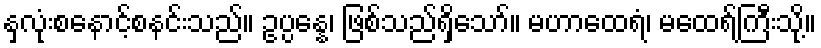
နှလုံးစနောင့်စနင်းသည်။ ဥပ္ပန္နေ၊ ဖြစ်သည်ရှိသော်။ မဟာထေရံ၊ မထေရ်ကြီးသို့။